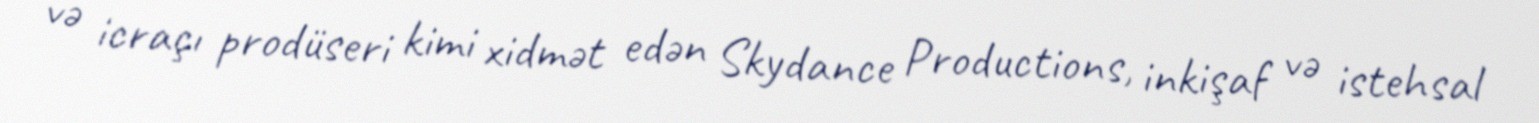
və icraçı prodüseri kimi xidmət edən Skydance Productions, inkişaf və istehsal